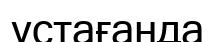
ұстағанда